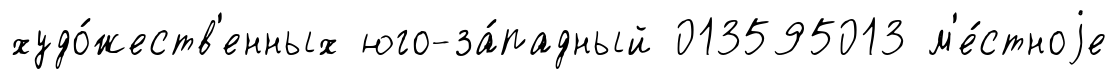
худо́жеств'енных юго-за́падный 013595013 м'е́стноjе